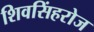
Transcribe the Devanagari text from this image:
शिवसिंहरोज